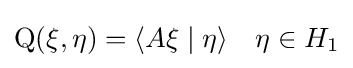
\operatorname {Q} (\xi ,\eta )=\langle A\xi \mid \eta \rangle \quad \eta \in H_{1}